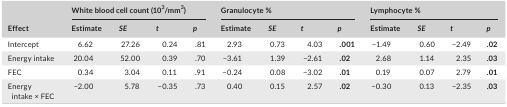
<table><thead><tr><td rowspan="2"><b>Effect</b></td><td colspan="4"><b>White blood cell count (10<sup>3</sup>/mm<sup>3</sup>)</b></td><td colspan="4"><b>Granulocyte %</b></td><td colspan="4"><b>Lymphocyte %</b></td></tr><tr><td><b>Estimate</b></td><td><b><i>SE</i></b></td><td><b><i>t</i></b></td><td><b><i>p</i></b></td><td><b>Estimate</b></td><td><b><i>SE</i></b></td><td><b><i>t</i></b></td><td><b><i>p</i></b></td><td><b>Estimate</b></td><td><b><i>SE</i></b></td><td><b><i>t</i></b></td><td><b><i>p</i></b></td></tr></thead><tbody><tr><td>Intercept</td><td>6.62</td><td>27.26</td><td>0.24</td><td>.81</td><td>2.93</td><td>0.73</td><td>4.03</td><td><b>.001</b></td><td>−1.49</td><td>0.60</td><td>−2.49</td><td><b>.02</b></td></tr><tr><td>Energy intake</td><td>20.04</td><td>52.00</td><td>0.39</td><td>.70</td><td>−3.61</td><td>1.39</td><td>−2.61</td><td><b>.02</b></td><td>2.68</td><td>1.14</td><td>2.35</td><td><b>.03</b></td></tr><tr><td>FEC</td><td>0.34</td><td>3.04</td><td>0.11</td><td>.91</td><td>−0.24</td><td>0.08</td><td>−3.02</td><td><b>.01</b></td><td>0.19</td><td>0.07</td><td>2.79</td><td><b>.01</b></td></tr><tr><td>Energy intake × FEC</td><td>−2.00</td><td>5.78</td><td>−0.35</td><td>.73</td><td>0.40</td><td>0.15</td><td>2.57</td><td><b>.02</b></td><td>−0.30</td><td>0.13</td><td>−2.35</td><td><b>.03</b></td></tr></tbody></table>